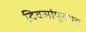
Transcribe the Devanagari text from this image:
दिवसांपुरताच